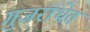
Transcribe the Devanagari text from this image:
गुजराथेत